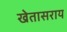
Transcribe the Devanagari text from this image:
खेतासराय